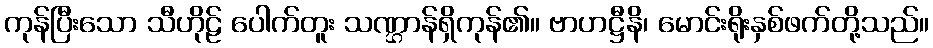
ကုန်ပြီးသော သီဟိုဠ် ပေါက်တူး သဏ္ဌာန်ရှိကုန်၏။ ဗာဟဋ္ဌီနိ၊ မောင်းရိုးနှစ်ဖက်တို့သည်။